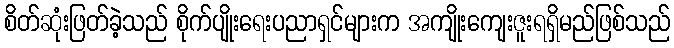
စိတ်ဆုံးဖြတ်ခဲ့သည် စိုက်ပျိုးရေးပညာရှင်များက အကျိုးကျေးဇူးရရှိမည်ဖြစ်သည်